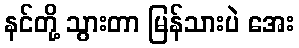
နင်တို့ သွားတာ မြန်သားပဲ အေး